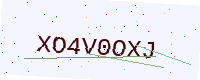
Text: XO4V0OXJ